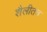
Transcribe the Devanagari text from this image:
शैलीतच